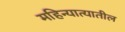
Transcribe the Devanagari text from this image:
महिन्यात्यातील